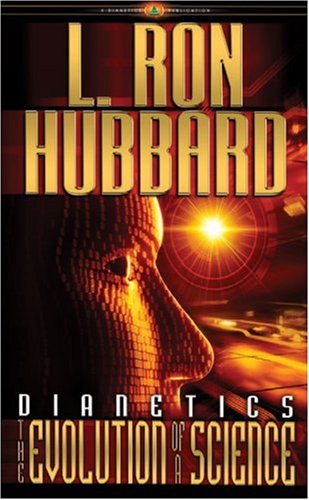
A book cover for Dianetics: The Evolution of a Science (English); L. Ron Hubbard; Religion & Spirituality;